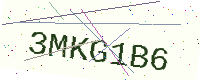
Text: 3MKG1B6